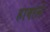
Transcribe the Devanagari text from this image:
हावाले